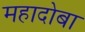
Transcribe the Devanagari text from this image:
महादोबा